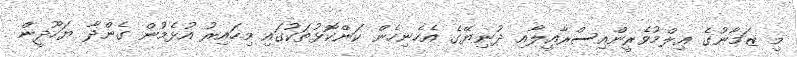
މި ޒަމާނުގެ ޢިލްމުވެރީންއިސްރާއީލާއި ދުނިޔޭގެ އެހެނިހެން ކަންކޮޅުތަކުގައި މިހައިރު އުޅެމުން ގެންދާ ޔަހޫދީން